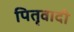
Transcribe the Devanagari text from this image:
पितृवादी